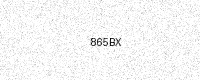
Text: 865BX